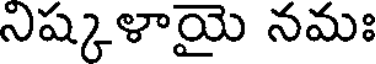
నిష్కళాయై నమః